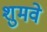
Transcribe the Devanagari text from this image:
शुमवे